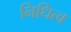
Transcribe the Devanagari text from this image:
निधित्व